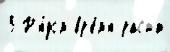
3 Р'я́дом вр'е́м'я раст'́т